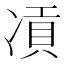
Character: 𠗸